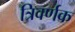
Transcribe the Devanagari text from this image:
त्रिवर्णक